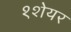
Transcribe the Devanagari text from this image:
१शेयर